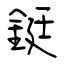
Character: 鋌